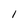
Character: 1